Vital statistics of India. Vol. V, Reports of 1876 on armies & jails and on epidemic cholera
Year: 1876
Disease focus: Cholera
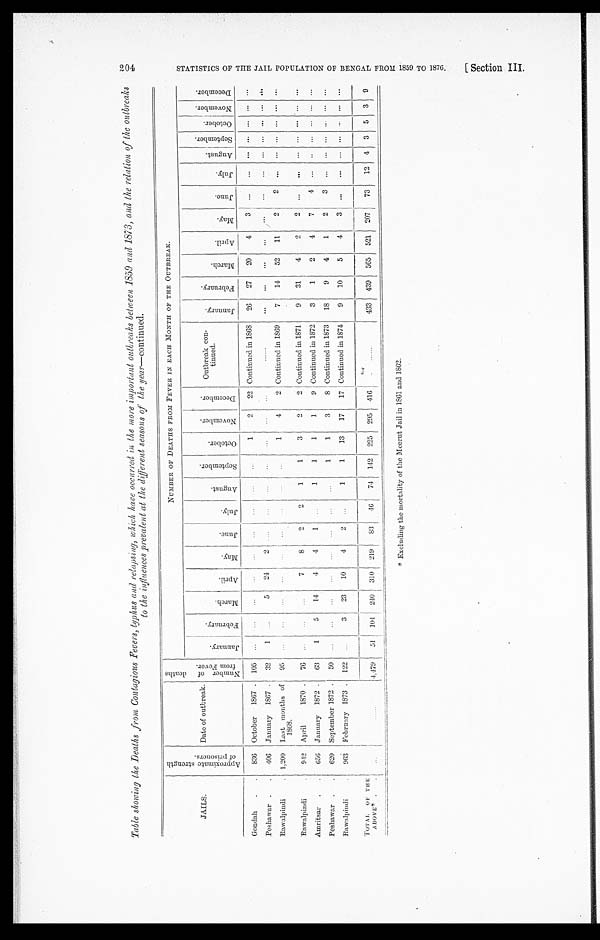
Table showing the Deaths from Contagious Fevers, typhus and relapsing, which have occurred in the more important outbreaks between 1859 and 1873, and the relation, of the outbreaks
to the influences prevalent at the different seasons of the year—continued.
JAILS.
A p p r o x i m a t e s t r e n g t h o f p r i s o n e r s .
Date of outbreak.
N u m b e r o f d e a t h s f r o m F e a v e r .
NUMBER OF DEATHS FROM FEVER IN EACH MONTH OF THE OUTBREAK.
J a n u a r y .
F e b r u a r y .
M a r c h .
A p r i l . M a y .
J u n e . J u l y .
A u g u s t .
S e p t e m b e r .
O c t o b e r .
N o v e m b e r .
D e c e m b e r .
Outbreak con-
tinued.
J a n u a r y .
F e b r u a r y .
M a r c h .
A p r i l .
M a y .
J u n e . J u l y .
A u g u s t .
S e p t e m b e r .
O c t o b e r . N o v e m b e r .
D e c e m b e r
Gondah .
. 836 October 1867 . 105
...
...
. . .
. . . ...
. . . ...
. . . ... 1
2 22 Continued in 1868 26 27 20
4
3 ...
. . .
. . . . . . . . . . . .
. . .
Peshawar . . 406 January 1867 . 32
1 ...
5 24
2
. . . ...
. . . ...
. . .
. . .
. . .
......
. . .
. . .
. . .
. . .
. . . ...
. . . . . . . . . . . . . . . . . .
Rawalpindi
. 1,200 Last months of
1868.
95 ... ... ...
. . .
. . . ...
. . .
. . . ...
1
4
2 Continued in 1869
7 14 52
1 1 2
2
. . . . . . . . . . . . . . . . . .
Rawalpindi
. 942 April
1870 . 76
. . . ... ... 7
8
2
2
1
1
3
2
2 Continued in 1871
9 31
4
2
2 ... ... ...
. . . . . .
. . . . . .
Amritsar . . 656 January 1872 .
6 3
1
5 14
4
4
1
1
1
1
1
9 Continued in 1872
3
1
2
4
7
4 ... .. ... . . . ... ...
Peshawar . . 620 September 1872 . 50
. . . ... ...
. . .
. . .
. . .
. . .
. . . 1
1
3
8 Continued in 1873 18
9
4
1
2
3
. . . ... ...
. . . ... ...
Rawalpindi
. 963 February 1873 . 122
. . . 3 23 10
4
2
. . . 1
1 13 17 17 Continued in 1874
9 10
5
4
3 ... ...
. . . . . . . . . . . . . . .
TOTAL OF TH E
ABOVE‫٭‬ . . . . .
. . . . . . 4,479 51 104 240 310 219
8 3 4 6
74 142 225 295 416
. . . . . .
433 439 565 521 207 73 12 4 3 5
3
9
‫٭‬Excluding the mortality of the Meerut Jail in 1861 and 1862.
204 S T A T I S T I C S O F T H E J A I L P O P U L A T I O N O F B E N G A L F R O M 1 8 5 9 T O 1 8 7 6 . [ S e c t i o n I I I .